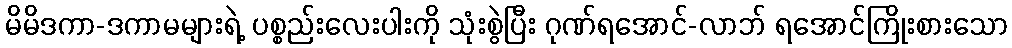
မိမိဒကာ-ဒကာမများရဲ့ ပစ္စည်းလေးပါးကို သုံးစွဲပြီး ဂုဏ်ရအောင်-လာဘ် ရအောင်ကြိုးစားသော